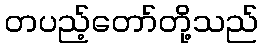
တပည့်တော်တို့သည်